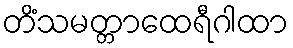
တိံသမတ္တာထေရီဂါထာ